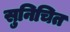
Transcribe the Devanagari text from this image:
सुनिचित